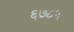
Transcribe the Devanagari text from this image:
६७८५